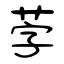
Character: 茡